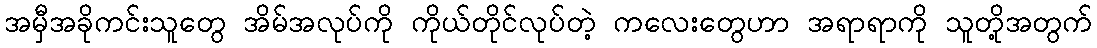
အမှီအခိုကင်းသူတွေ အိမ်အလုပ်ကို ကိုယ်တိုင်လုပ်တဲ့ ကလေးတွေဟာ အရာရာကို သူတို့အတွက်